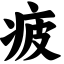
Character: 疲